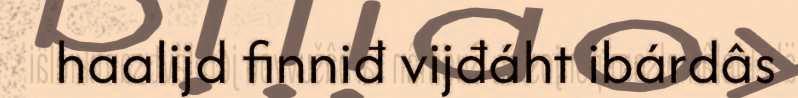
haalijd finniđ vijđáht ibárdâs